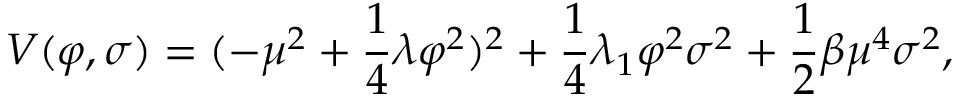
V ( \varphi , \sigma ) = ( - \mu ^ { 2 } + \frac { 1 } { 4 } \lambda \varphi ^ { 2 } ) ^ { 2 } + \frac { 1 } { 4 } \lambda _ { 1 } \varphi ^ { 2 } \sigma ^ { 2 } + \frac { 1 } { 2 } \beta \mu ^ { 4 } \sigma ^ { 2 } ,